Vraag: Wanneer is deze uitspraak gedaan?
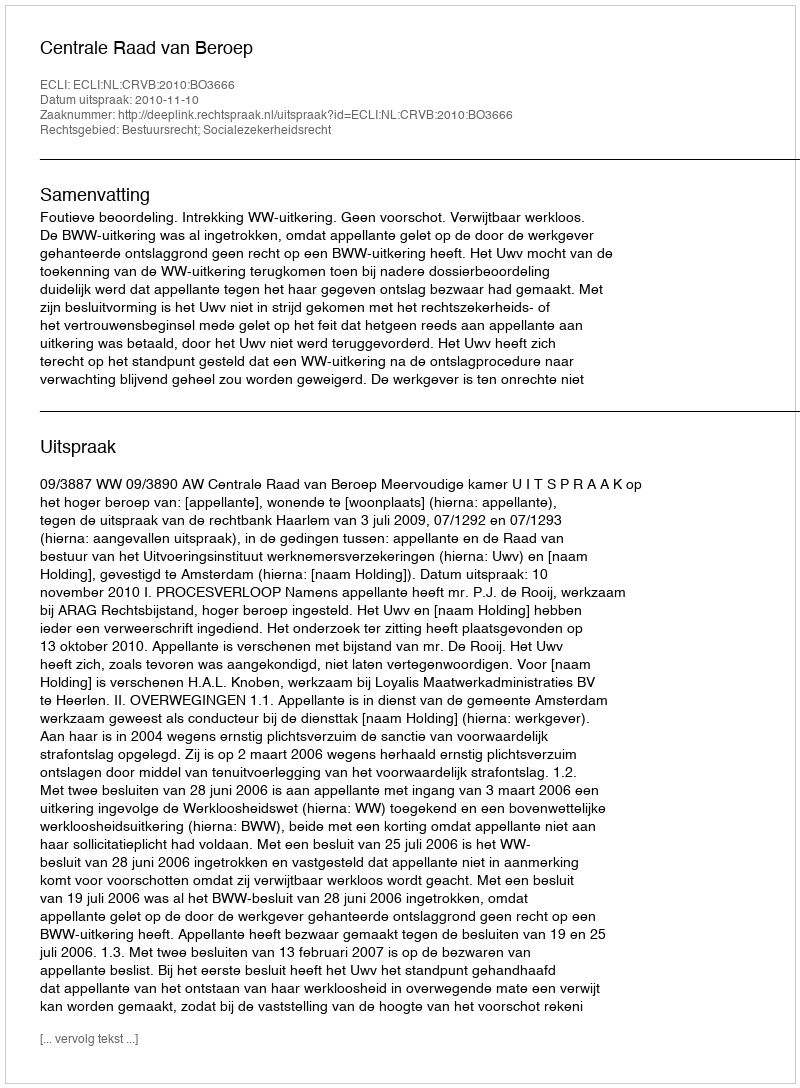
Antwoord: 2010-11-10